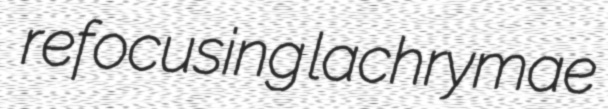
refocusing lachrymae